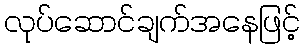
လုပ်ဆောင်ချက်အနေဖြင့်